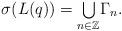
\begin{align*}\sigma(L(q))={\textstyle\bigcup\limits_{n\in\mathbb{Z}}}\Gamma_{n}.\end{align*}